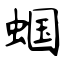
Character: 蝈